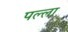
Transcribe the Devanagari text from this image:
पल्‍ला